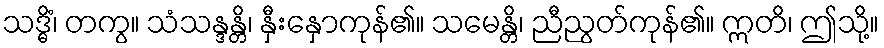
သဒ္ဓိံ၊ တကွ။ သံသန္ဒန္တိ၊ နှီးနှောကုန်၏။ သမေန္တိ၊ ညီညွတ်ကုန်၏။ ဣတိ၊ ဤသို့။